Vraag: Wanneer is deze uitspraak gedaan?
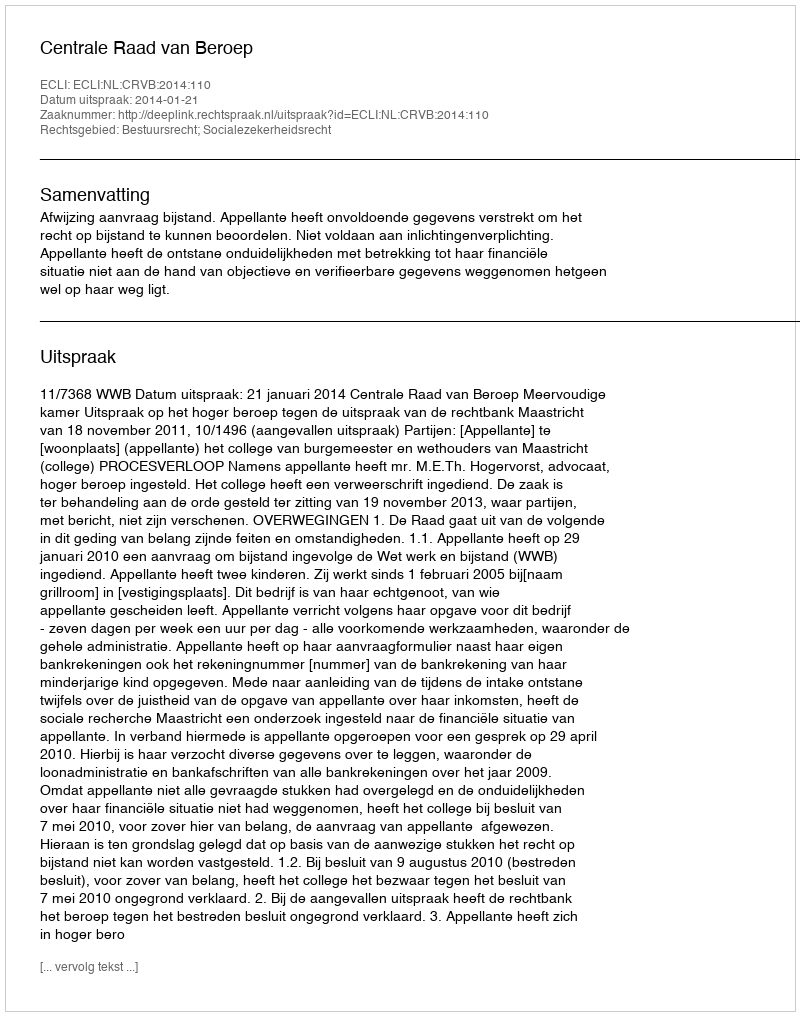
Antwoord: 2014-01-21